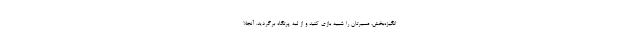
انگیزه‌بخش، مسیرتان را شبیهِ بازی کنید و از لبهٔ پرتگاه برگردید. آنجلا